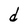
Character: d